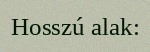
Hosszú alak: